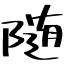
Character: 随